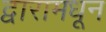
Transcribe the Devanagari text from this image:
द्वारामधून